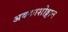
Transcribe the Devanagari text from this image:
अवकाशोड्डान